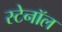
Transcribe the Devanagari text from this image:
स्टेनॉल